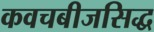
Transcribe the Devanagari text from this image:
कवचबीजसिद्ध